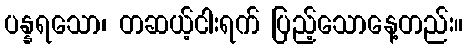
ပန္နရသော၊ တဆယ့်ငါးရက် ပြည့်သောနေ့တည်း။